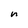
Character: n